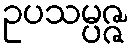
ဥပသမ္ပဇ္ဇ